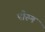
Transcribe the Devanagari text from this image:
पौरुषं